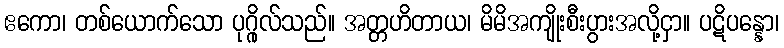
ဧကော၊ တစ်ယောက်သော ပုဂ္ဂိုလ်သည်။ အတ္တဟိတာယ၊ မိမိအကျိုးစီးပွားအလို့ငှာ။ ပဋိပန္နော၊